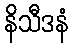
နိသီဒနံ